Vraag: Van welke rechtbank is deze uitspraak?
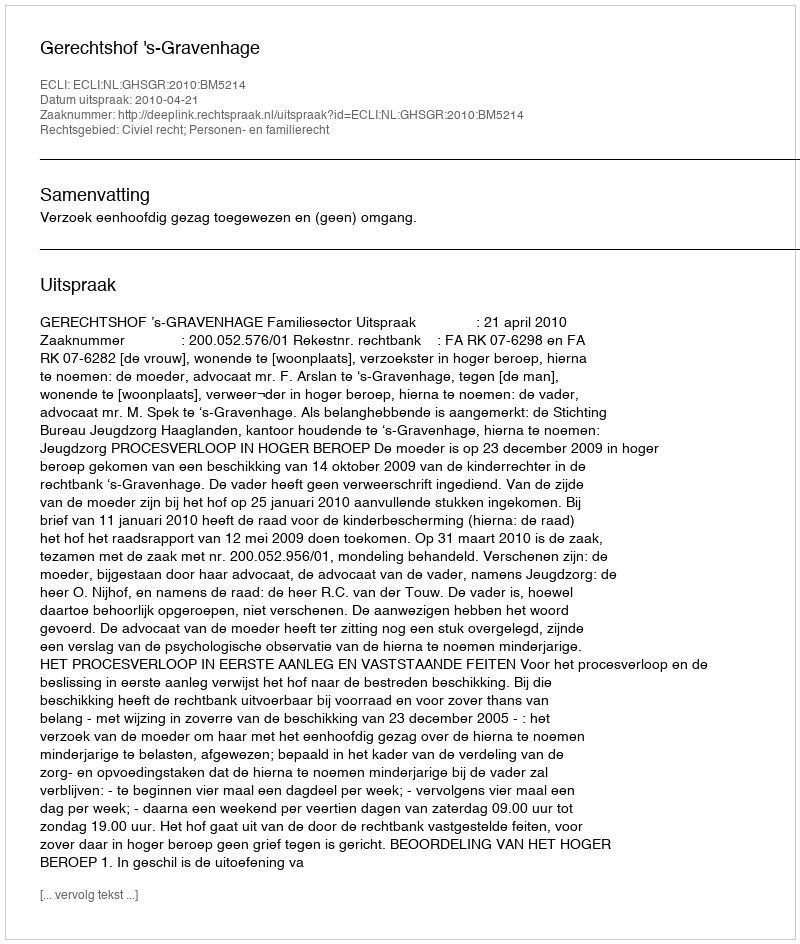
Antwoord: Gerechtshof 's-Gravenhage